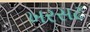
ખરસટ